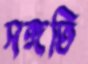
সঙ্গতি